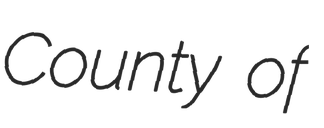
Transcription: County of